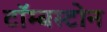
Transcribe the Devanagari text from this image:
टॉम्बस्टोन